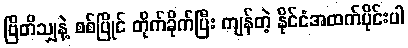
ဗြိတိသျှနဲ့ စစ်ပြိုင် တိုက်ခိုက်ပြီး ကျန်တဲ့ နိုင်ငံအထက်ပိုင်းပါ